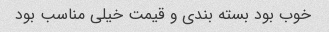
خوب بود بسته بندی و قیمت خیلی مناسب بود